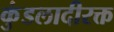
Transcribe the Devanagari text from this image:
कुंडलादीरक्त